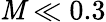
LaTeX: \mathit{M}\ll0.3